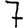
Digit: 7